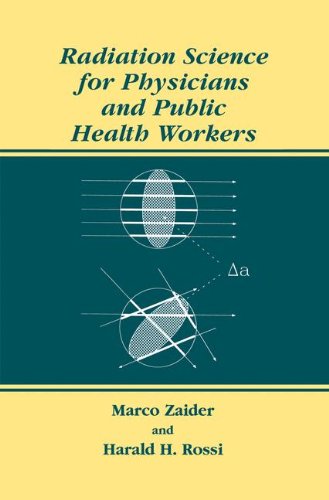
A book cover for Radiation Science for Physicians and Public Health Workers; Marco Zaider; Science & Math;